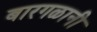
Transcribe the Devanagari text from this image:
बारगळानी